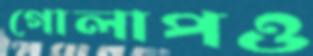
গোলাপও